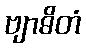
ဗျာဓိတံ